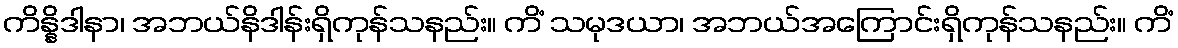
ကိန္နိဒါနာ၊ အဘယ်နိဒါန်းရှိကုန်သနည်း။ ကိံ သမုဒယာ၊ အဘယ်အကြောင်းရှိကုန်သနည်း။ ကိံ